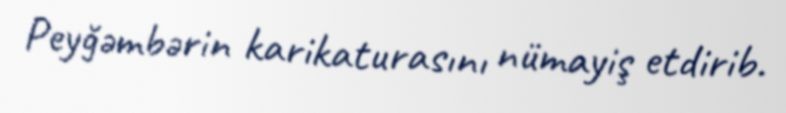
Peyğəmbərin karikaturasını nümayiş etdirib.